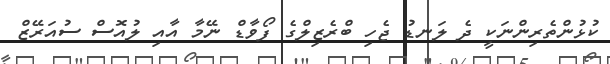
ކުޅުންތެރިންނަކީ ދެ ލަނޑު ޖެހި ބްރެޒިލްގެ ފޯވާޑް ނޭމާ އާއި ލުއޮސް ސުއަރޭޒް